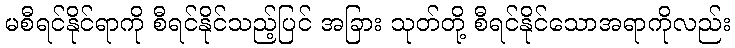
မစီရင်နိုင်ရာကို စီရင်နိုင်သည့်ပြင် အခြား သုတ်တို့ စီရင်နိုင်သောအရာကိုလည်း